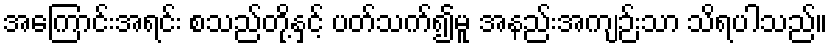
အကြောင်းအရင်း စသည်တို့နှင့် ပတ်သက်၍မူ အနည်းအကျဉ်းသာ သိရပါသည်။